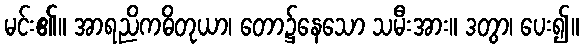
မင်း၏။ အာရညိကဓိတုယာ၊ တော၌နေသော သမီးအား။ ဒတွာ၊ ပေး၍။